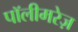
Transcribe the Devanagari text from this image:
पॉलीमरेज़